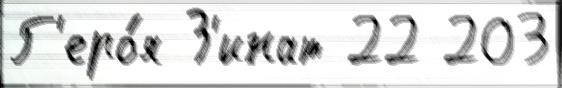
Г'еро́я З'инат 22 203